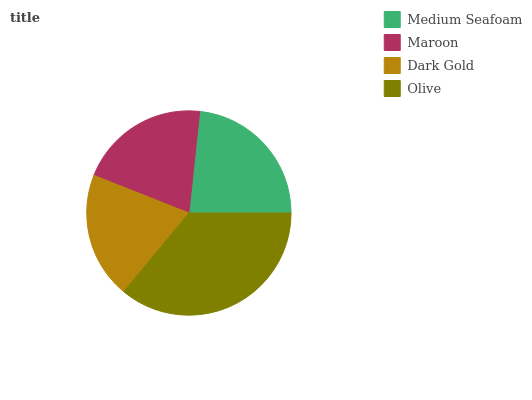
| Medium Seafoam | Maroon | Dark Gold | Olive |
 | --- | --- | --- | --- |
 | 23.2% | 20.7% | 20.1% | 36% |